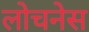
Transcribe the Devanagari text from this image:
लोचनेस